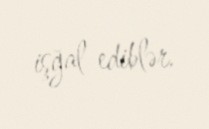
işğal ediblər.